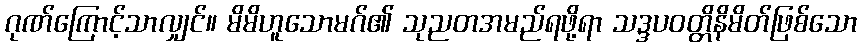
ဂုဏ်ကြောင့်သာလျှင်။ မိမိဟူသောမဂ်၏ သုညတအမည်ရဖို့ရာ သဒ္ဒပဝတ္တိနိမိတ်ဖြစ်သော